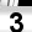
Digit: 3